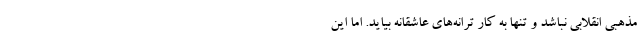
مذهبی انقلابی نباشد و تنها به کار ترانه‌های عاشقانه بیاید. اما این